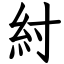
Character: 紂